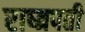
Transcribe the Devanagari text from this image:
राष्त्रपती